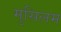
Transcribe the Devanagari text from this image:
मुसिलम